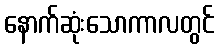
နောက်ဆုံးသောကာလတွင်